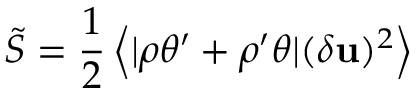
\tilde { S } = { \frac { 1 } { 2 } } \left\langle | \rho \theta ^ { \prime } + \rho ^ { \prime } \theta | ( \delta { \bf u } ) ^ { 2 } \right\rangle